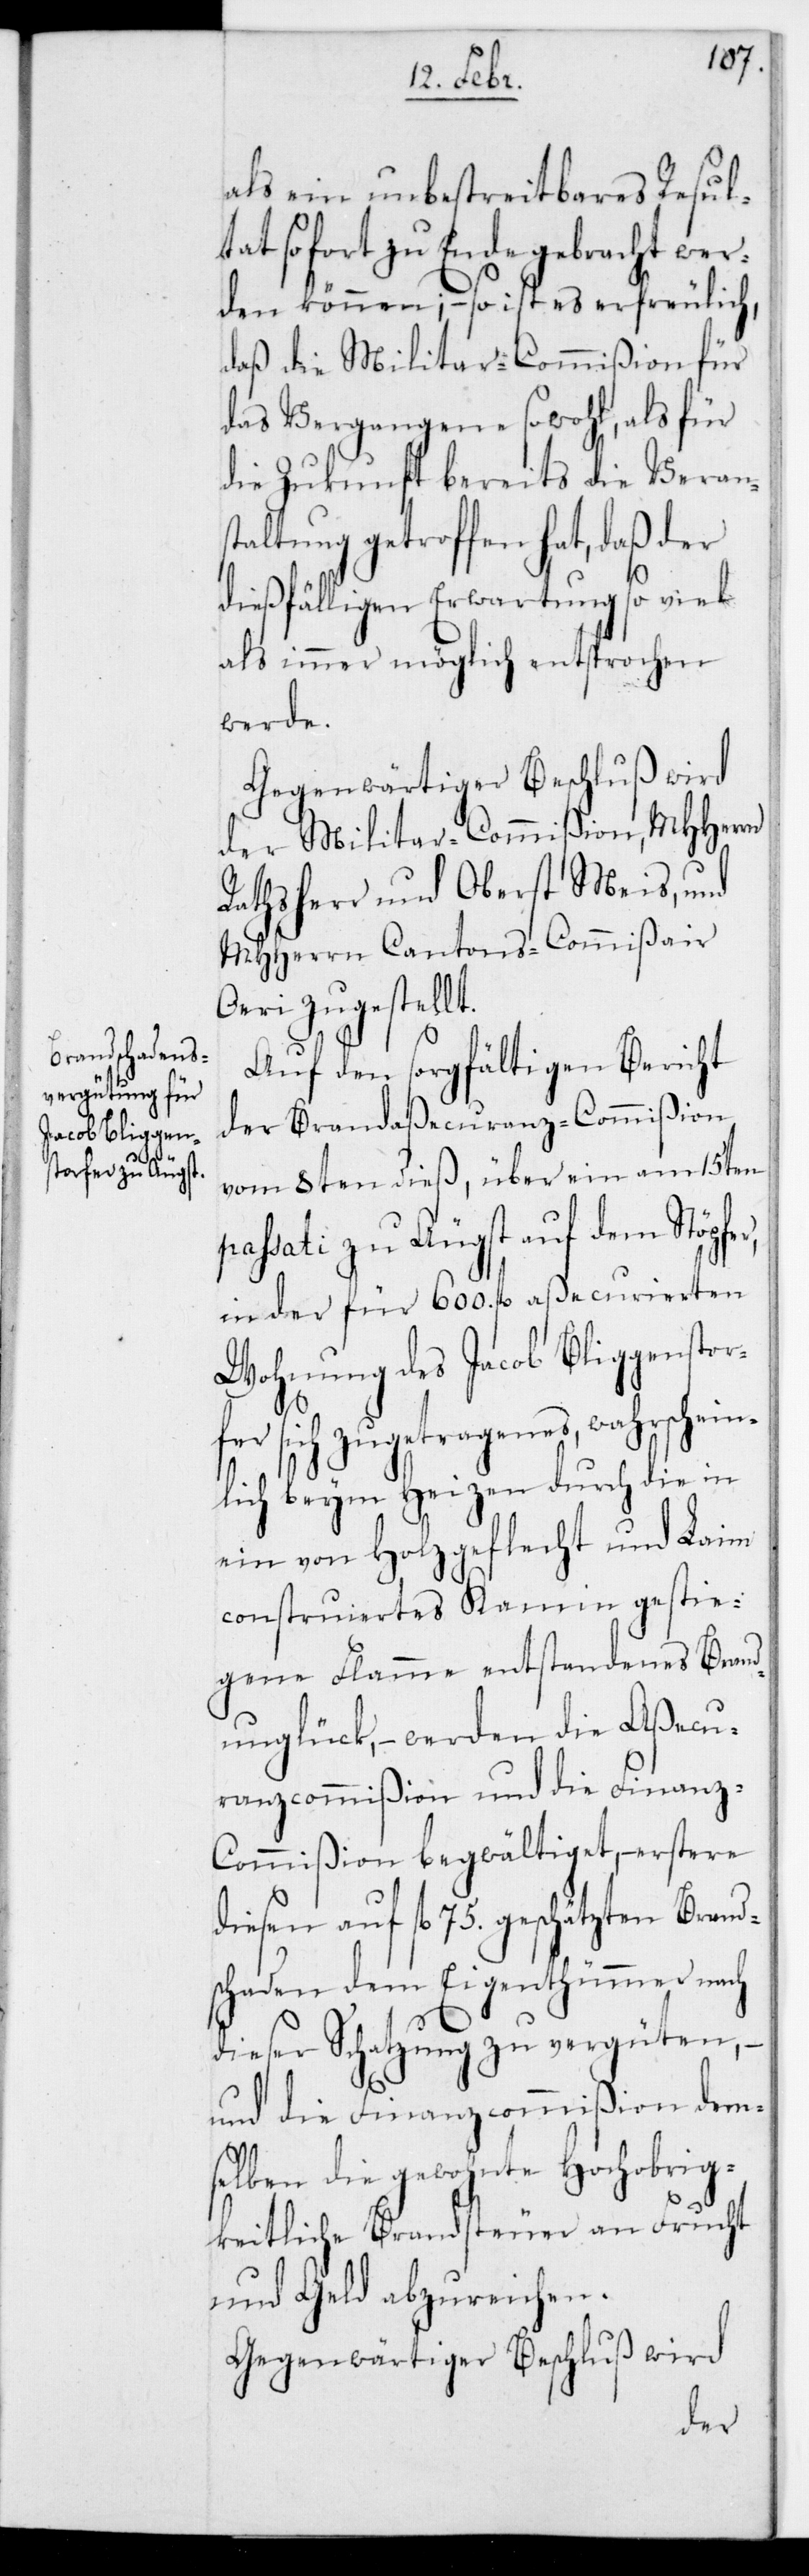
als ein unbestreitbares Resul¬
tat sofort zu Ende gebracht wer¬
den können, – so ist es erfreulich,
daß die Militar-Commißion für
das Vergangene sowohl, als für
die Zukunft bereits die Verans¬
taltung getroffen hat, daß der
dießfälligen Erwartung so viel
als immer möglich entsprochen
werde.
Gegenwärtiger Beschluß wird
der Militar-Commißion, MHHerrn
Rathsherr und Oberst Meis und
MHHerrn CantonsCommißair
Oeri zugestellt.
Auf den sorgfältigen Bericht
der Brandaßecuranz-Commißion
vom 8ten dieß, über ein am 15ten
passati zu Äugst auf dem Stöpfer,
in der für 600. fl. aßecurierten
Wohnung des Jacob Bliggenstor¬
fer sich zugetragenes, wahrschein¬
lich beym Heizen durch die in
ein von Holzgeflecht und Leim
construiertes Kamin gestie¬
gene Flamme entstandenes Brand¬
unglück, – werden die Aßecu¬
ranzcommißion und die Finanz-C¬
ommißion begwältiget, – erstere
diesen auf fl. 75. geschätzten Brand¬
schaden dem Eigentümer nach
dieser Schatzung zu vergüten,
und die Finanzcommißion dem¬
selben die gewohnte Hochobrig¬
keitliche Brandsteuer an Frucht
und Geld abzureichen.
Gegenwärtiger Beschluß wird